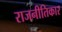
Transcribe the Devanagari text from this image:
राजनीतिकार